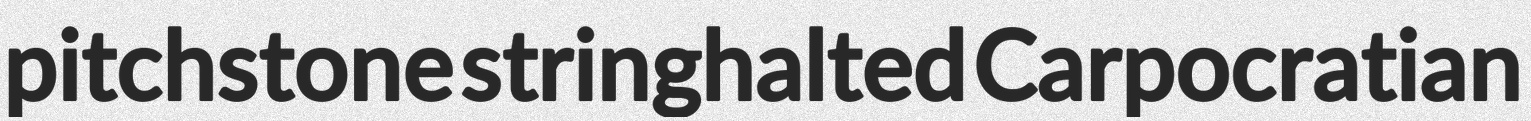
pitchstone stringhalted Carpocratian